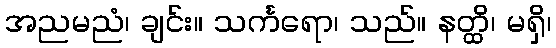
အညမညံ၊ ချင်း။ သင်္ကရော၊ သည်။ နတ္ထိ၊ မရှိ၊